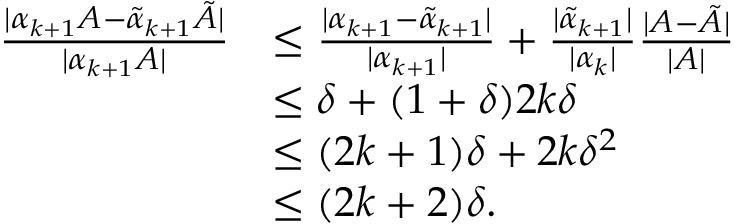
\begin{array} { r l } { \frac { | \alpha _ { k + 1 } A - \tilde { \alpha } _ { k + 1 } \tilde { A } | } { | \alpha _ { k + 1 } A | } } & { \leq \frac { | \alpha _ { k + 1 } - \tilde { \alpha } _ { k + 1 } | } { | \alpha _ { k + 1 } | } + \frac { | \tilde { \alpha } _ { k + 1 } | } { | \alpha _ { k } | } \frac { | A - \tilde { A } | } { | A | } } \\ & { \leq \delta + ( 1 + \delta ) 2 k \delta } \\ & { \leq ( 2 k + 1 ) \delta + 2 k \delta ^ { 2 } } \\ & { \leq ( 2 k + 2 ) \delta . } \end{array}